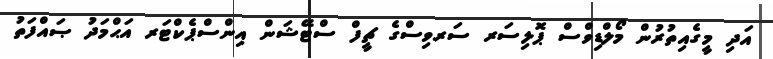
އަދި މީގެއިތުރުން މޯލްޑިވްސް ޕޮލިސަރ ސަރވިސްގެ ޗީފް ސްޓޭޝަން އިންސްޕެކްޓަރ އަޙްމަދު ޞައްފަތު